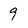
Character: 9